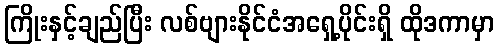
ကြိုးနှင့်ချည်ပြီး လစ်ဗျားနိုင်ငံအရှေ့ပိုင်းရှိ ထိုဒကာမှာ